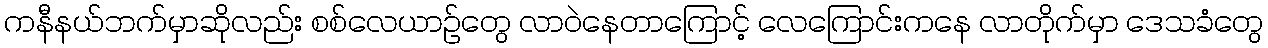
ကနီနယ်ဘက်မှာဆိုလည်း စစ်လေယာဉ်တွေ လာဝဲနေတာကြောင့် လေကြောင်းကနေ လာတိုက်မှာ ဒေသခံတွေ